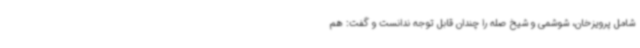
شامل پرویزخان، شوشمی و شیخ صله را چندان قابل توجه ندانست و گفت: هم